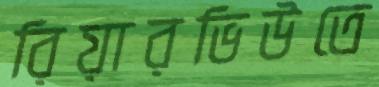
রিয়ারভিউতে